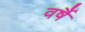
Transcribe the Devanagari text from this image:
वर्षै